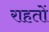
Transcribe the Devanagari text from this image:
राहतों